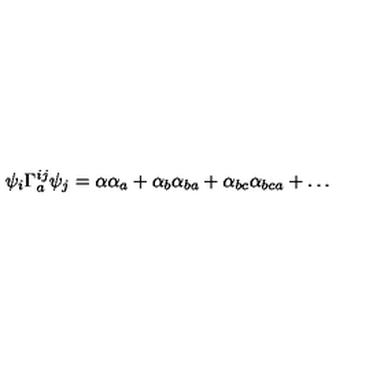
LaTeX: \psi _ { i } \Gamma _ { a } ^ { i j } \psi _ { j } = \alpha \alpha _ { a } + \alpha _ { b } \alpha _ { b a } + \alpha _ { b c } \alpha _ { b c a } + \ldots